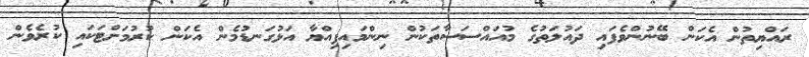
ރައްޔިތުން އެކަން ބޭނުންވެފައި ދައުލަތުގެ މުއައްސަސާތަކުން ނިންމައިފިއްޔާ އަޅުގަނޑުމެން އެކަން ކުރުމަށްޓަކައި ކުރެވެން